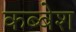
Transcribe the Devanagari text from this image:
कब्बेश